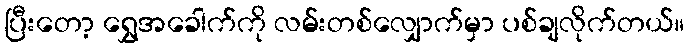
ပြီးတော့ ရွှေအခေါက်ကို လမ်းတစ်လျှောက်မှာ ပစ်ချလိုက်တယ်။